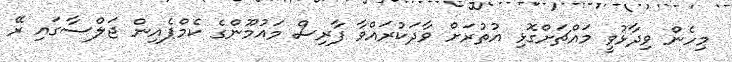
މިހެން ވިދާޅުވީ މައްޗަށްގޮޅި އުތުރަށް ވާދަކުރައްވާ ފާރިސް މައުމޫންގެ ކެމްޕެއިން ޖަލްސާގައި ރޭ